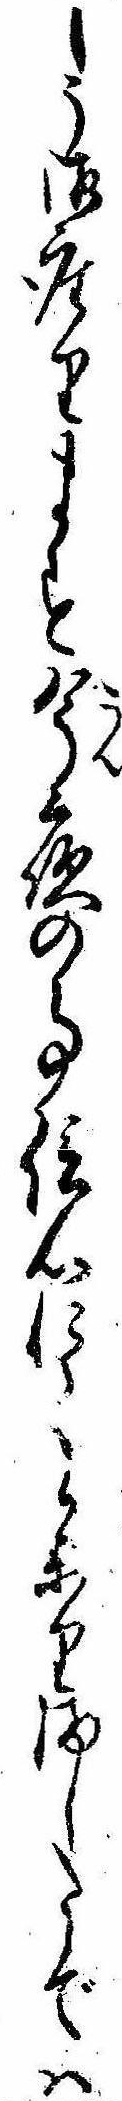
しう御座ります今夜の事信心にて参りましたでは